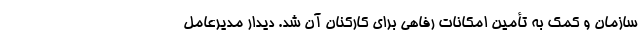
سازمان و کمک به تأمین امکانات رفاهی برای کارکنان آن شد. دیدار مدیرعامل